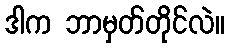
ဒါက ဘာမှတ်တိုင်လဲ။